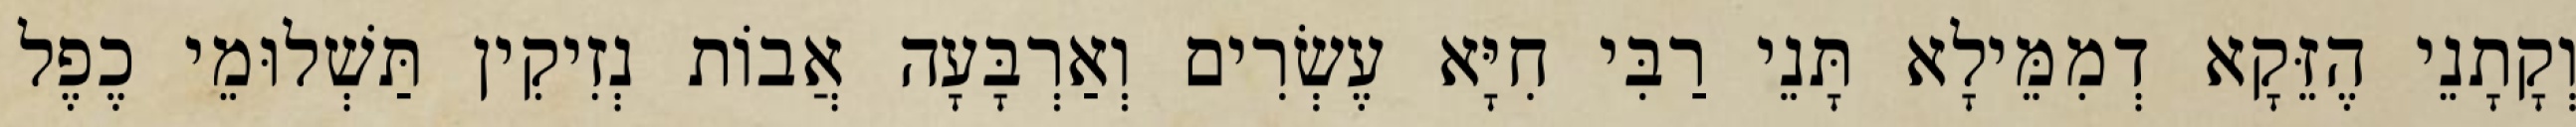
וְקָתָנֵי הֶזֵּקָא דְמִמֵּילָא תָּנֵי רַבִּי חִיָּא עֶשְׂרִים וְאַרְבָּעָה אֲבוֹת נְזִיקִין תַּשְׁלוּמֵי כֶפֶל